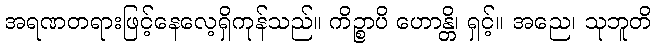
အရဏတရားဖြင့်နေလေ့ရှိကုန်သည်။ ကိဉ္စာပိ ဟောန္တိ၊ ရှင့်။ အညေ၊ သုဘူတိ